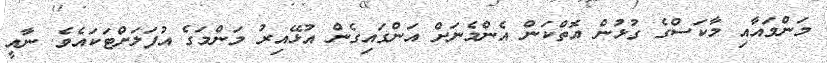
މަންމައާއި މާކަސްގެ ގުޅުން އޮތްކަން އެންމެނަށް އަންގައިގެން އުޅޭއިރު މަންމަގެ އުފަލަށްޓަކައެވެ. ނާއީ